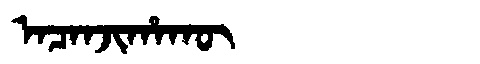
Manchu: ᠠᠴᠠᠨᠵᡳᡥᠠᡴᡡ
Romanization: ACANJIHAKŪ